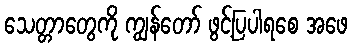
သေတ္တာတွေကို ကျွန်တော် ဖွင့်ပြပါရစေ အဖေ